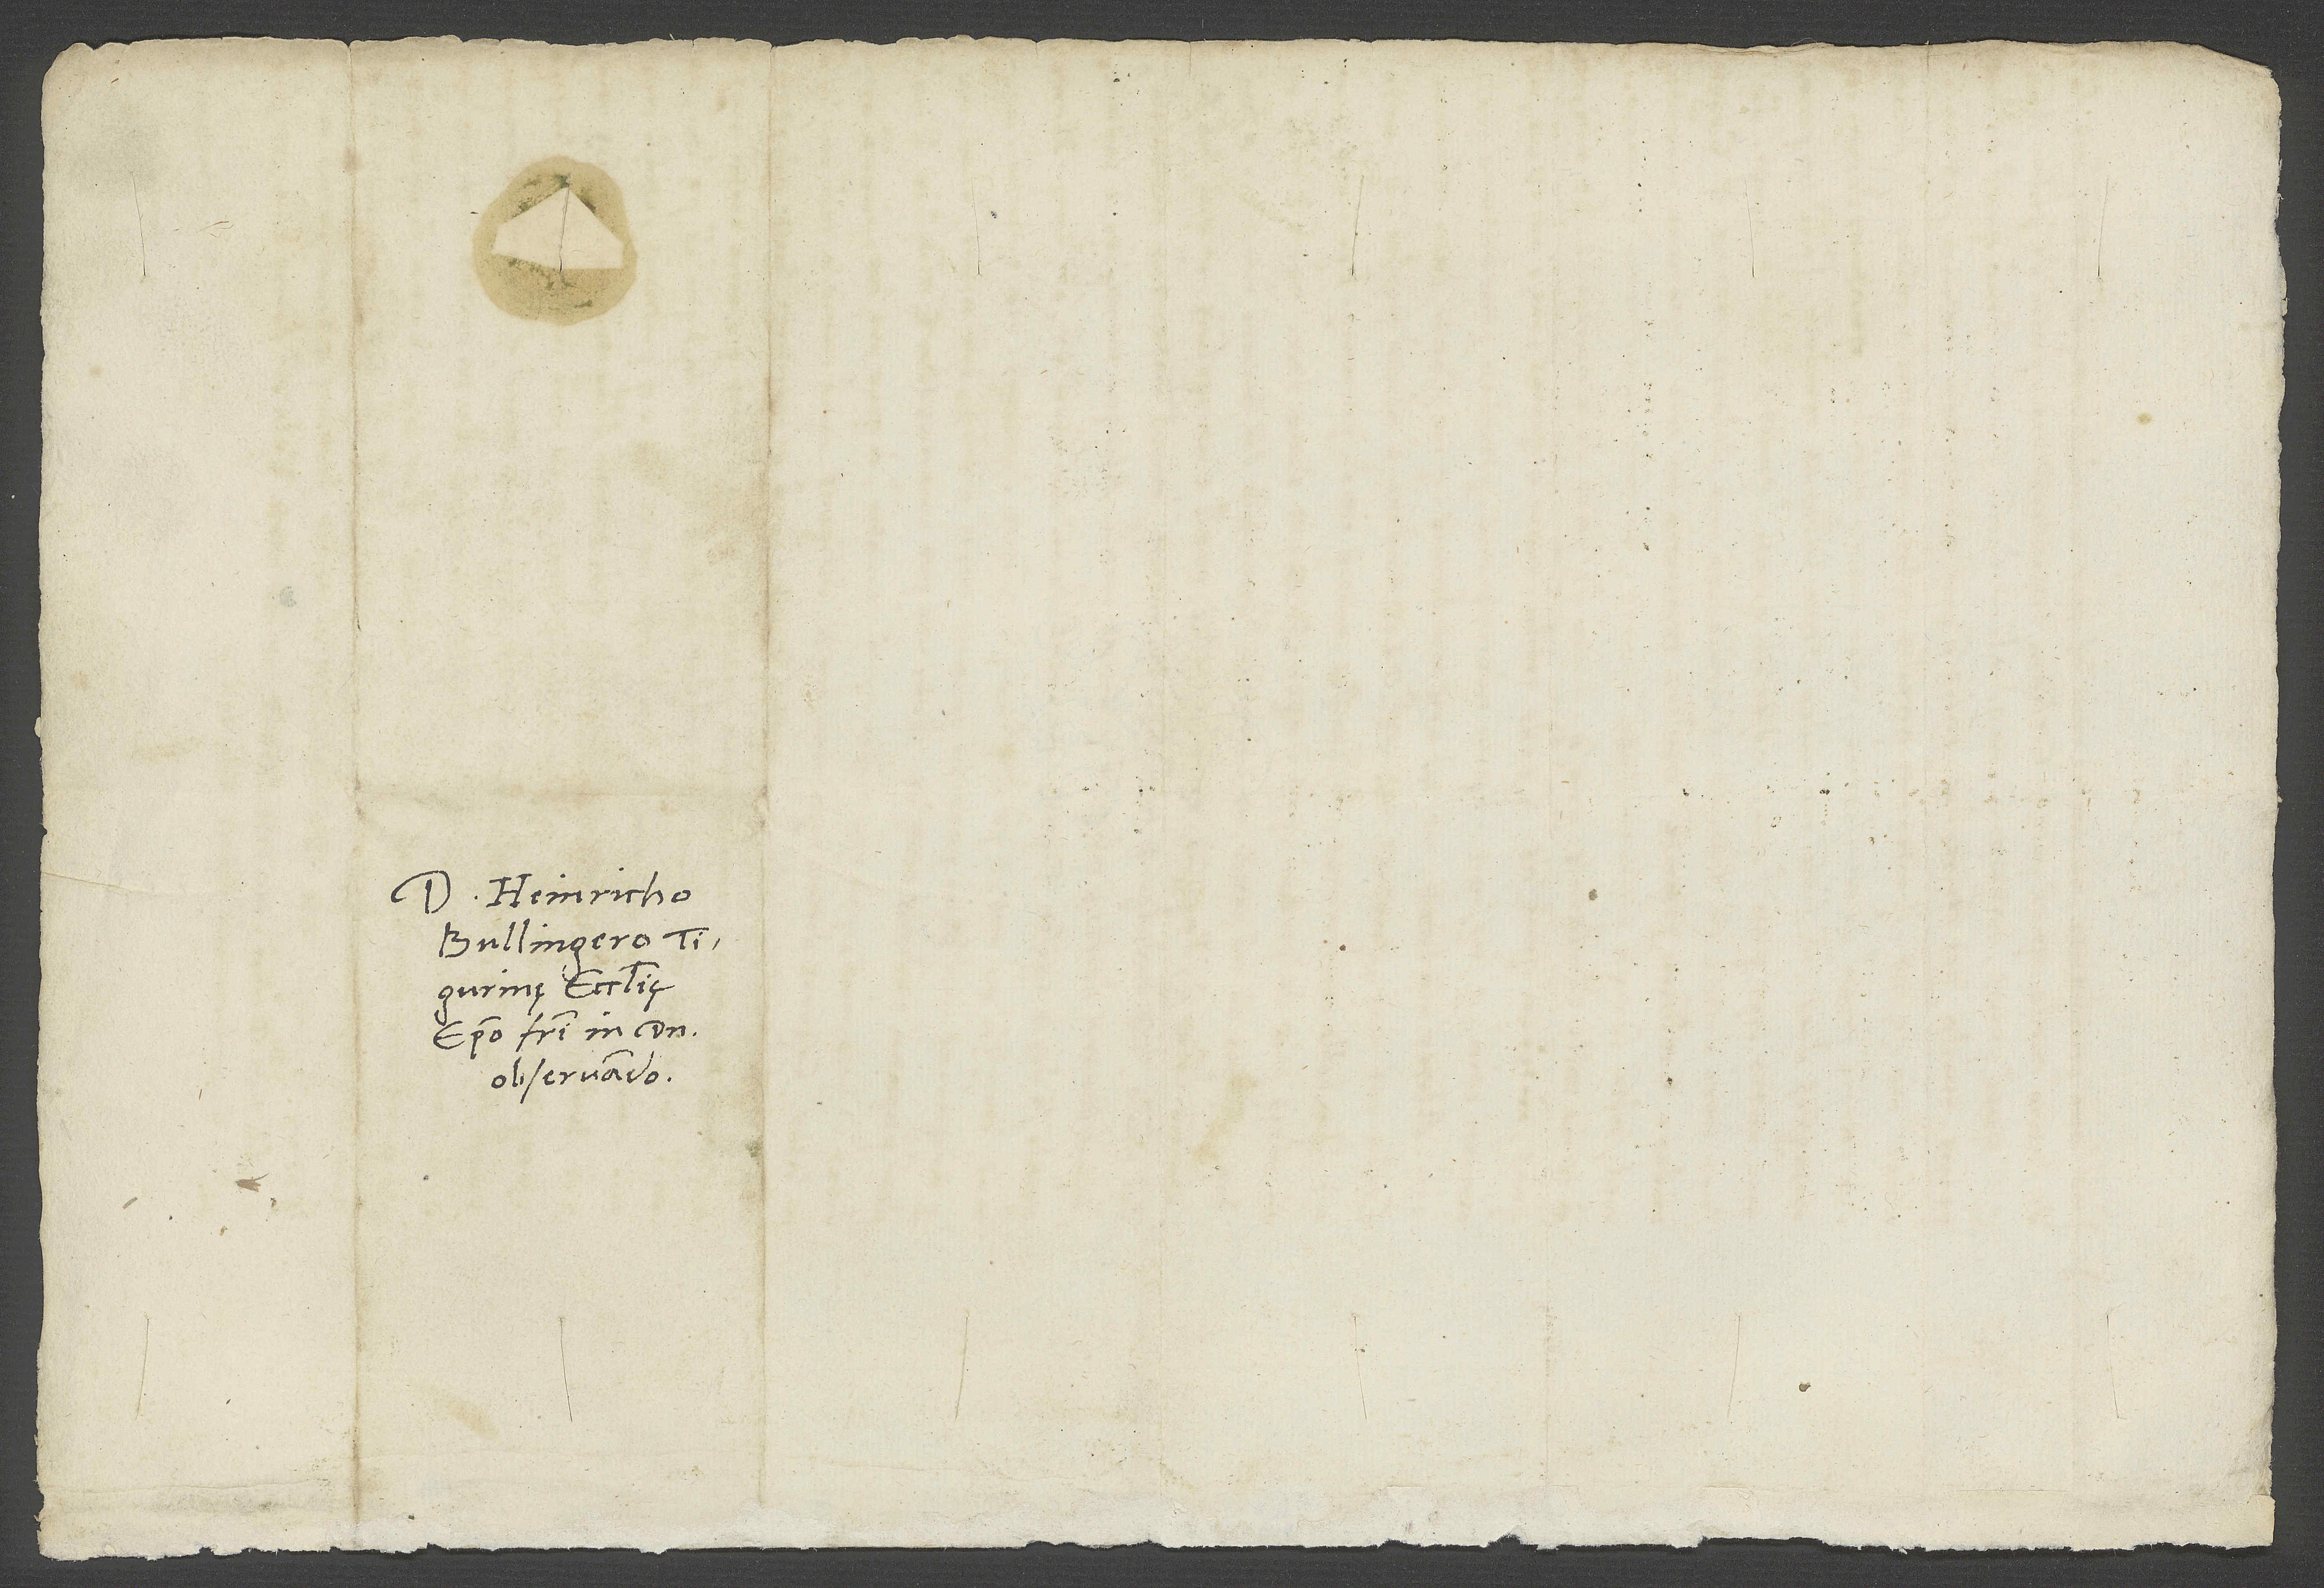
Domino Heinricho
Bullingero,
Tigurinę ecclesię
episcopo, fratri in domino
observando.